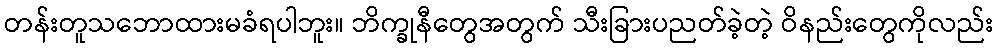
တန်းတူသဘောထားမခံရပါဘူး။ ဘိက္ခုနီတွေအတွက် သီးခြားပညတ်ခဲ့တဲ့ ဝိနည်းတွေကိုလည်း